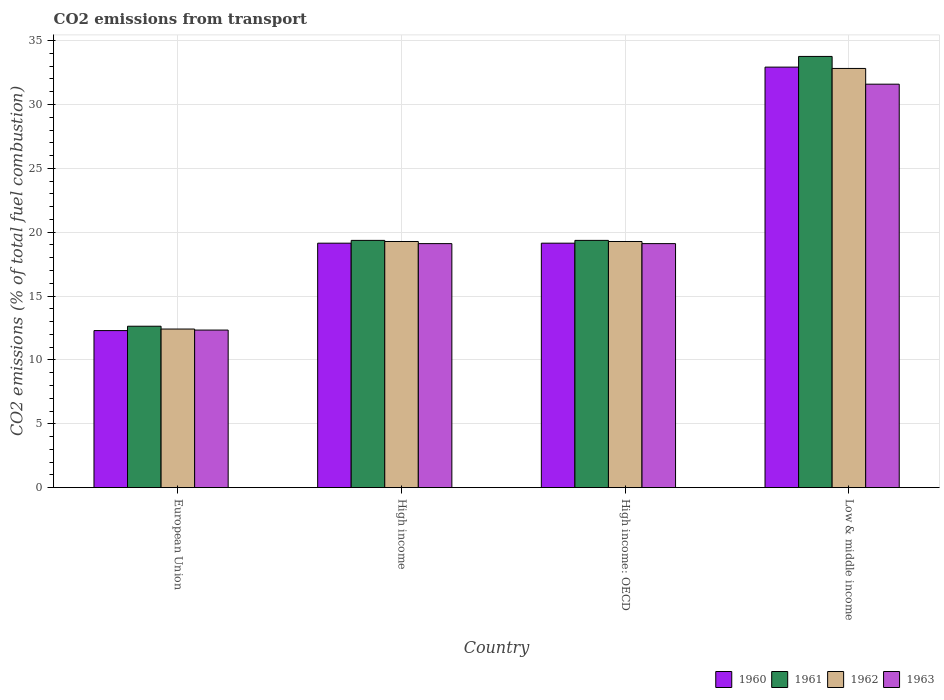
| Country | 1960 | 1961 | 1962 | 1963 |
 | --- | --- | --- | --- | --- |
 | European Union | 12.3 | 12.6 | 12.4 | 12.3 |
 | High income | 19.1 | 19.4 | 19.3 | 19.1 |
 | High income: OECD | 19.1 | 19.4 | 19.3 | 19.1 |
 | Low & middle income | 32.9 | 33.8 | 32.8 | 31.6 |